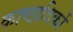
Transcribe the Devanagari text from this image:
काष्ठादिकों